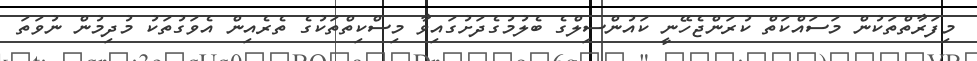
މިފަރާތްތަކުން މަސައްކަތް ކުރަންޖެހޭނީ ކައުންސިލްގެ ބެލުމުގެދަށުގައިވާ މިސްކިތްތަކުގެ ތެރެއިން އެވަގުތަކު މުދިމުން ނުވަތަ